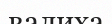
валиха